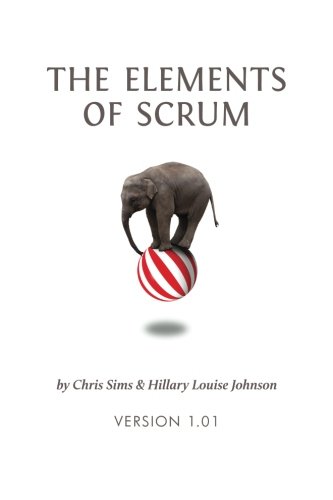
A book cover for The Elements of Scrum; Chris Sims; Computers & Technology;